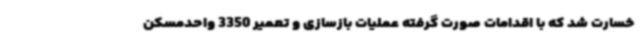
خسارت شد که با اقدامات صورت گرفته عملیات بازسازی و تعمیر 3350 واحدمسکن